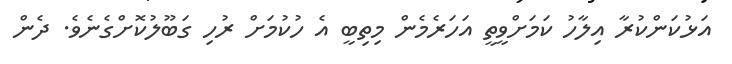
އަޅުކަންކުރާ އިލާހު ކަމަށްވީތީ އަހަރެމެން މިތިބީ އެ ހުކުމަށް ރުހި ގަބޫލުކޮށްގެނެވެ. ދެން